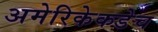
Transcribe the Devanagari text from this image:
अमेरिकेकडेच